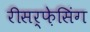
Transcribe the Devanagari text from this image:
रीसर्फ़ेसिंग